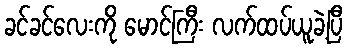
ခင်ခင်လေးကို မောင်ကြီး လက်ထပ်ယူခဲ့ပြီ